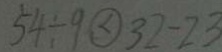
5 4 \div 9 \textcircled { < } 3 2 - 2 3